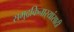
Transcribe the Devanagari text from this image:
समुद्रकिनार्‍यांसाठी